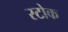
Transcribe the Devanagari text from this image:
स्‍टोक